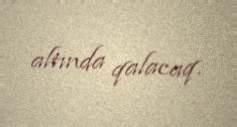
altında qalacaq.